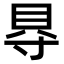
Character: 𮙮